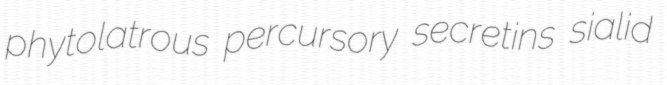
phytolatrous percursory secretins sialid